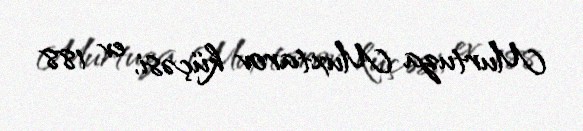
Murtuza Muxtarov küçəsi, ev 188